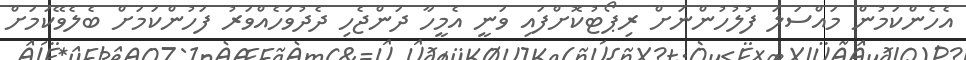
އެހެންކަމުން މައްސަލަ ފުލުހުންނަށް ރިޕޯޓުކޮށްފައި ވަނީ އެމީހާ ދަންޖެހި ދެދުވަހެއްވަރު ފަހުންކަމަށް ބެލެވޭކަމަށް